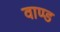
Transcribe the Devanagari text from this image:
वाण्ड